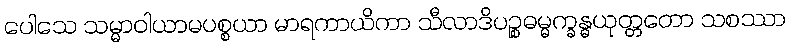
ပေါသေ သမ္မာဝါယာမပစ္စယာ မာရကာယိကာ သီလာဒိပဉ္စဓမ္မက္ခန္ဓယုတ္တတော သစဿာ